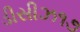
ડીસીઝ૧૭